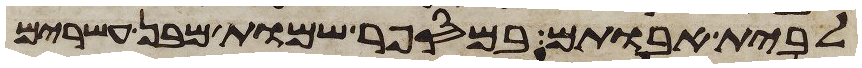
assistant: לבית אבותם במספר שמות מבן עשרים